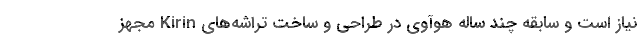
نیاز است و سابقه چند ساله هوآوی در طراحی و ساخت تراشه‌های Kirin مجهز